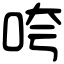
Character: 咵